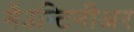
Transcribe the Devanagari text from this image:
मैउन्टिनीअर